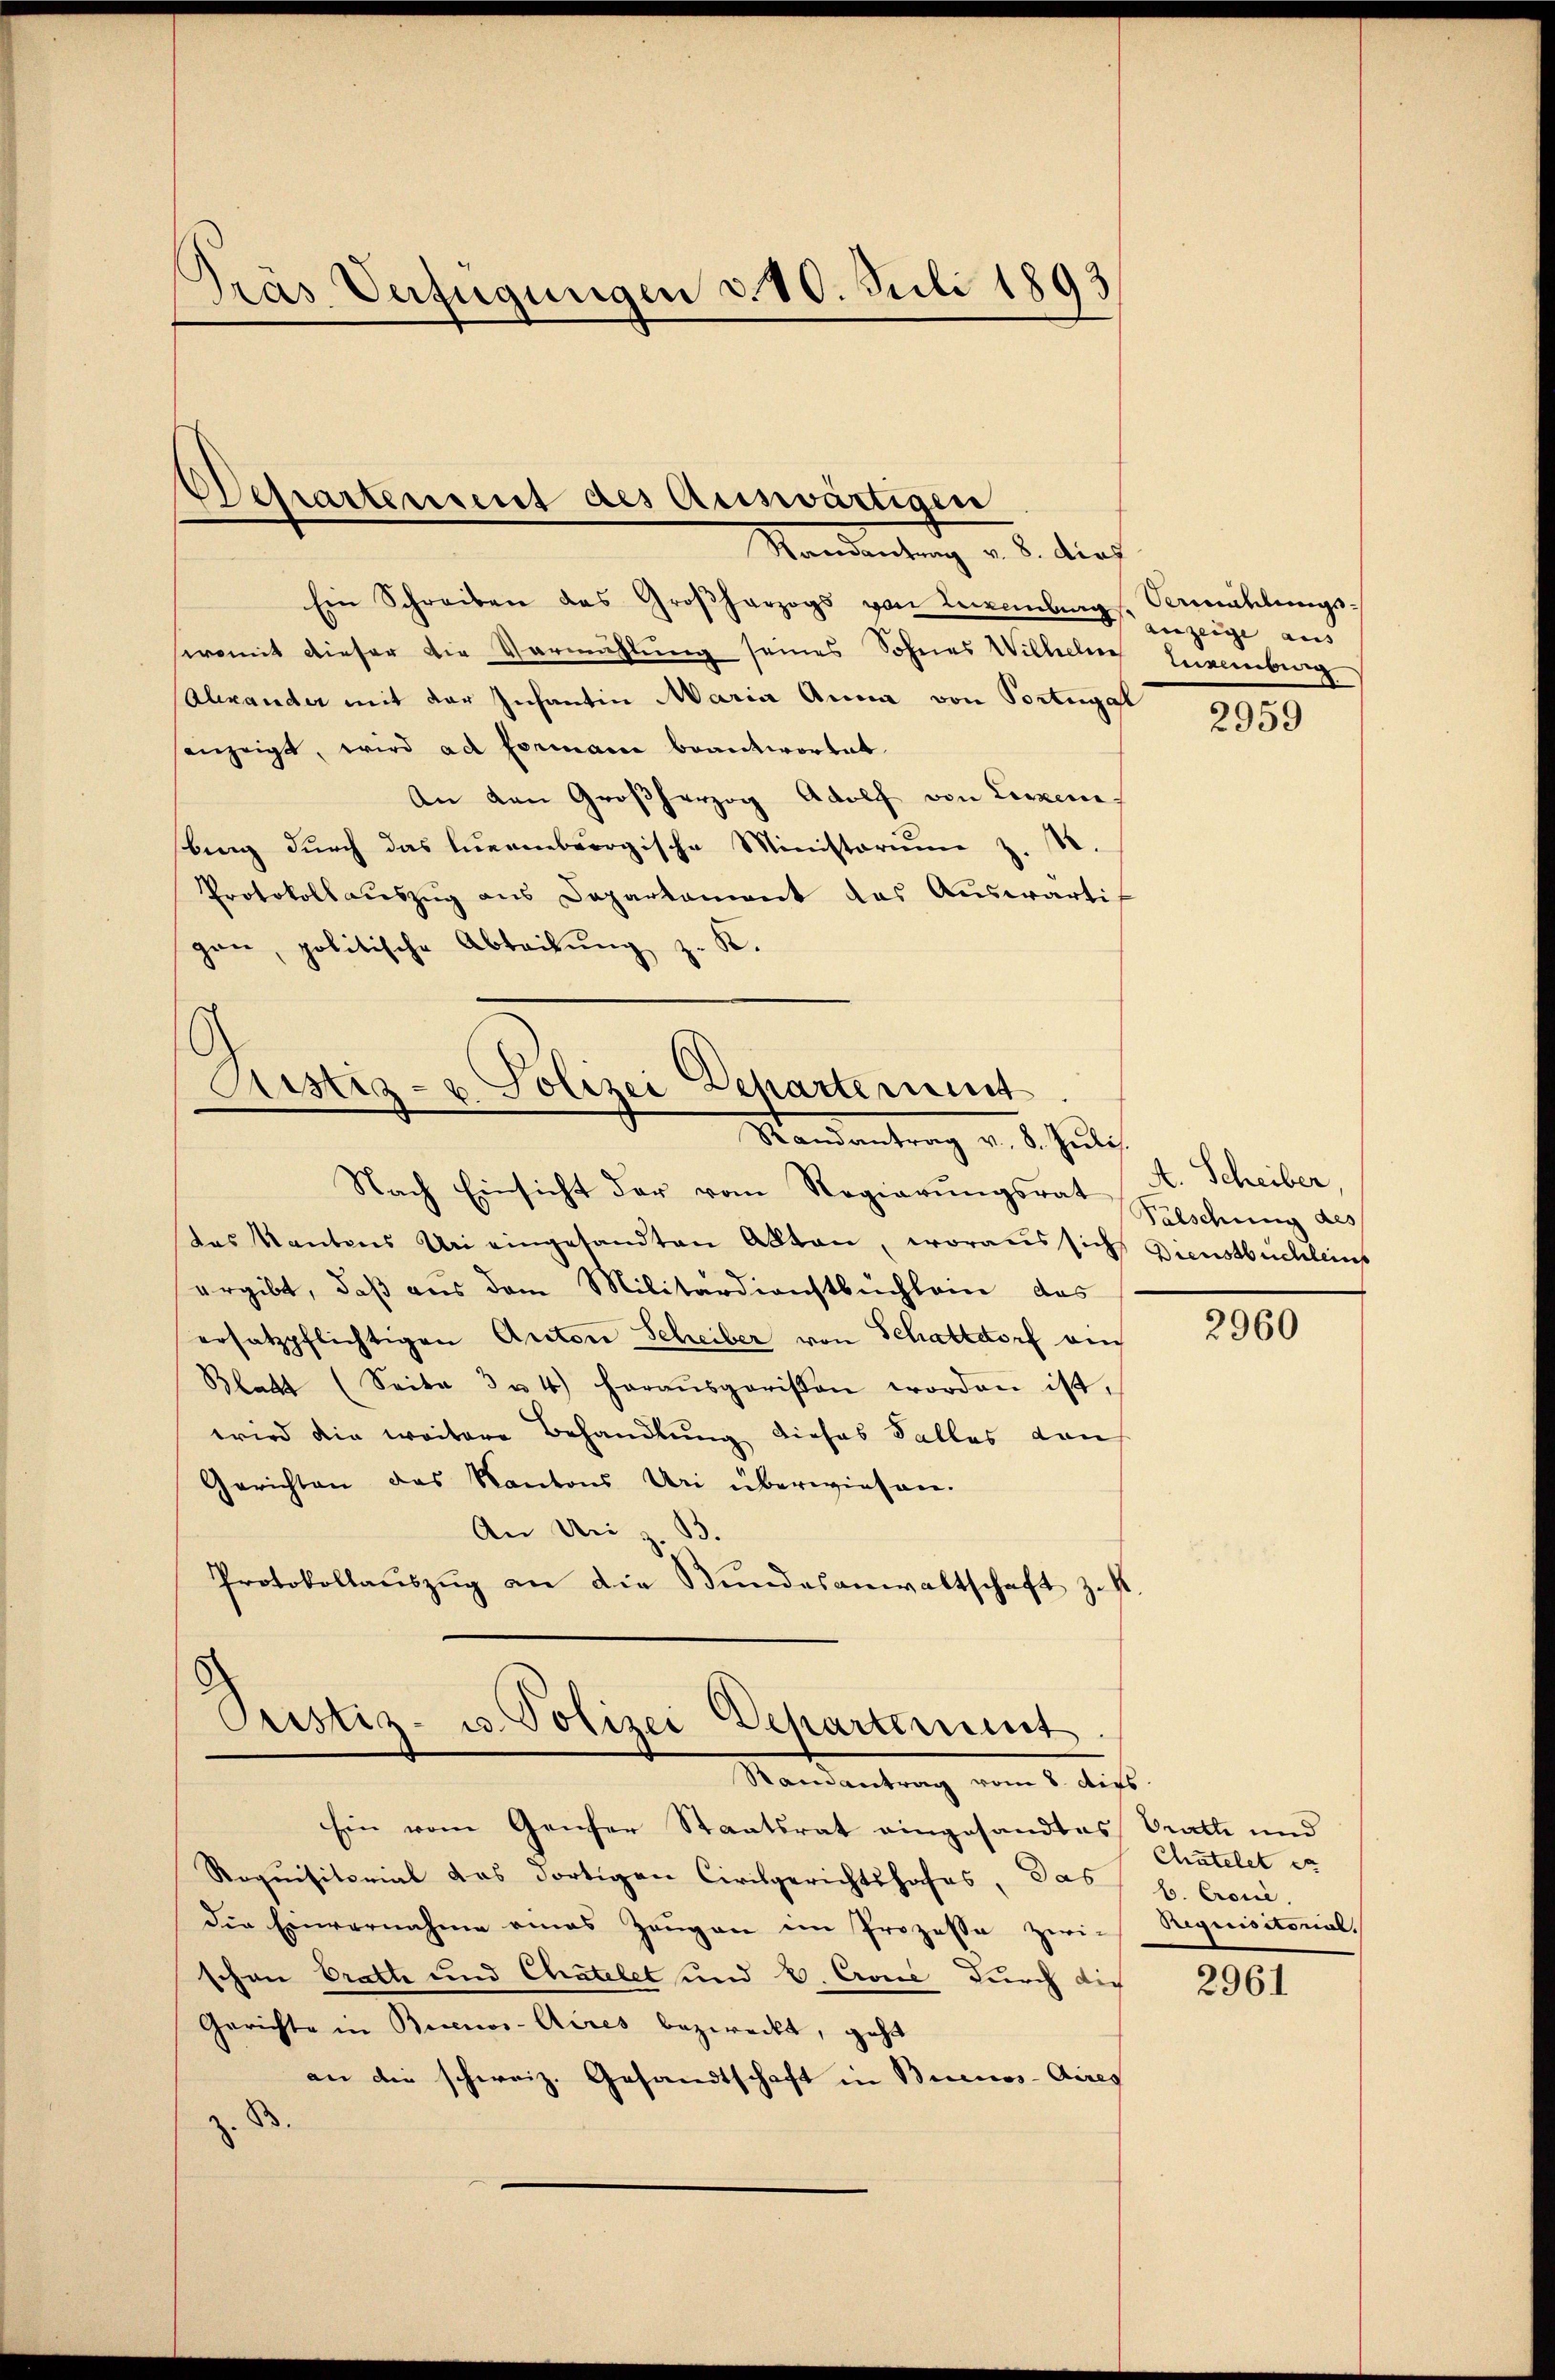
Gras Verfügungen d. 10. Juli 1893

Departement des Auswärtigen
Mandantung v. 8. dies

Ein Schreiben das Großherzogs von Neuenburg, Vermählungswomit dieser die Vormühlung seines Sohnes Wilhelme
Calexander mit der Infantin Maria Anna von Portugal
sanzeigt, wird ad Formann beantwortet.
An den Großherzog Adolf von Lexen.
bing durch das luernbergische Ministorium z. R.
Protokollaŭszŭg ans Departement das Aŭswärti
gen, politische Abteilung z. K.

Ristiz- u. Polizei Departement
Standentrag v. 8. Juli.

Nach Einsicht der vom Regierŭngsrat Faschung des
das Kantons Uri eingesandten Akten, woraus sich Dienstbuchleins
ergibt, daß aus dem Militärdienstbuchlein das
ersatzpflichtigen Anton Scheiber von Schattdorf ein
Blatt (Seite 3 u 4) heraŭsgerissen worden ist.
wird die weitere Behandlung dieses Falles von
Gerichten das Kantons Uri überwiesen.
An Uri z. B.
Protokollaŭszŭg an die Bŭndesanwaltschaft zust

Pustiz- u. Polizei Departement
Mandantung vom 2. ist.

Ein vom Genser Staatsrat eingesandtes Prathe und
Roquisitorial das dortigen Civilgerichtshofes, das
die Einvernahme eines Zeŭgen im Prozesse zwi-
schon Bratte und Chatelet und V. Couć durch die
Gerichte in Buenos-Aires bezweckt, geht
an die schweiz. Gesandtschaft in Buenos-Aires
8

auzeige aus
Eisenburg
30

2959

t. Scheiber,

2960

Chutelet er
b. Croni
Orequisitorial.

2961